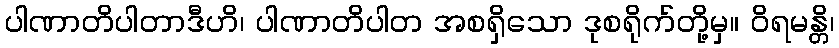
ပါဏာတိပါတာဒီဟိ၊ ပါဏာတိပါတ အစရှိသော ဒုစရိုက်တို့မှ။ ဝိရမန္တိ၊